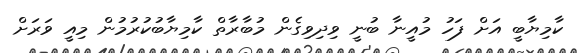
ކާމިޔާބީ އަށް ފަހު މުއީނާ ބުނީ ވިދިވިގެން މުބާރާތް ކާމިޔާބުކުރުމުން މިއީ ވަރަށް